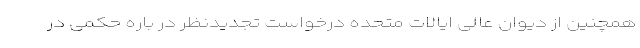
همچنین از دیوان عالی ایالات متحده درخواست تجدیدنظر در باره حکمی در